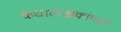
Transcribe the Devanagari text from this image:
कथालेखकांमध्ये